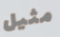
مثيل